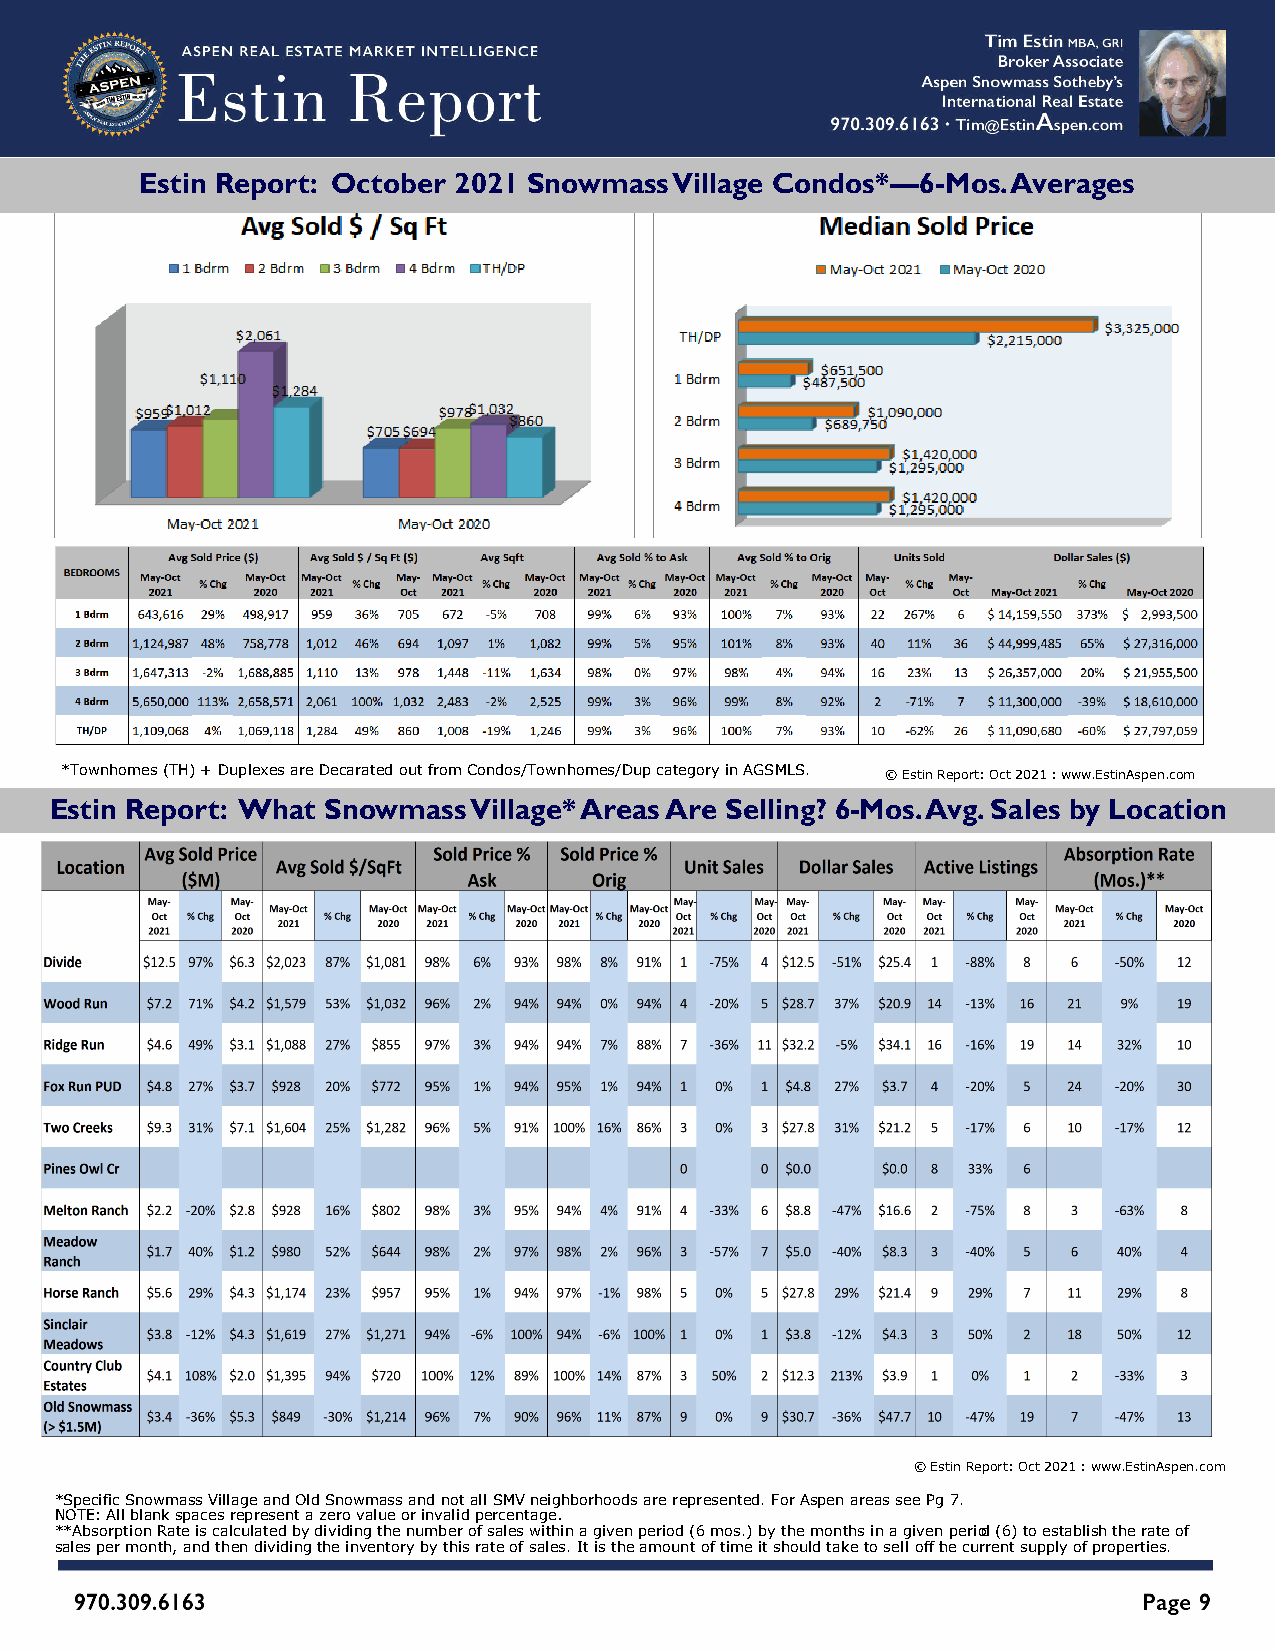
Estin Report: October 2021 Snowmass Village Condos*—6-Mos. Averages
 *Townhomes (TH) + Duplexes are Decarated out from Condos/Townhomes/Dup category in AGSMLS. © Estin Report: Oct 2021 : www.EstinAspen.com
 Estin Report: What Snowmass Village* Areas Are Selling? 6-Mos. Avg. Sales by Location
 © Estin Report: Oct 2021 : www.EstinAspen.com
 *Specific Snowmass Village and Old Snowmass and not all SMV neighborhoods are represented. For Aspen areas see Pg 7.
 NOTE: All blank spaces represent a zero value or invalid percentage.
 **Absorption Rate is calculated by dividing the number of sales within a given period (6 mos.) by the months in a given period (6) to establish the rate of
 sales per month, and then dividing the inventory by this rate of sales. It is the amount of time it should take to sell off the current supply of properties.